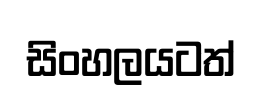
සිංහලයටත්